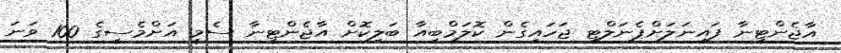
އާޖެންޓީނާ ފައިނަލަށްޕެނަލްޓީ ޖަހައިގެން ކޮލަމްބިއާ ބަލިކޮށް އާޖެންޓީނާ ސެމީ އަށްމެސީގެ 100 ވަނަ